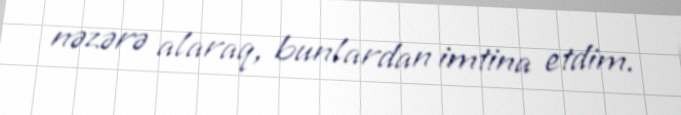
nəzərə alaraq, bunlardan imtina etdim.